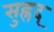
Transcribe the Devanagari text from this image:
सुह्रद्